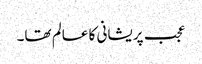
عجب پریشانی کا عالم تھا۔